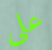
علي